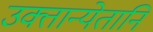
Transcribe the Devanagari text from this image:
उक्तान्येतानि